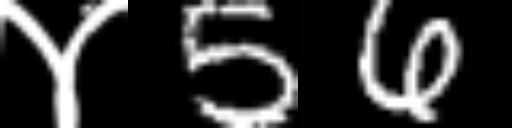
Text: ४56